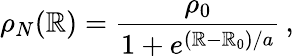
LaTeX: \rho_{N}(\mathbb{R})=\frac{{\rho_{0}}}{{1+e^{(\mathbb{R}-\mathbb{R}_{0})/a}}}\, ,